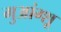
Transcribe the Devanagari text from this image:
गुआंग्शू